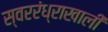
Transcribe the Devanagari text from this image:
स्वररंध्राखाली